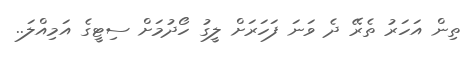
ތިން އަހަރު ތެރޭ ދެ ވަނަ ފަހަރަށް ލީގު ހޯދުމަށް ސިޓީގެ އަމިއްލަ..